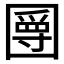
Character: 𡈣